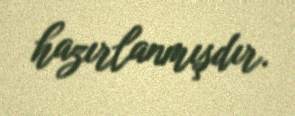
hazırlanmışdır.